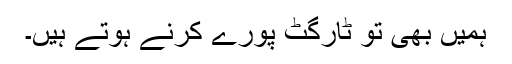
ہمیں بھی تو ٹارگٹ پورے کرنے ہوتے ہیں۔